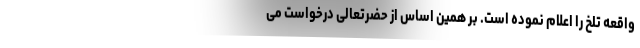
واقعه تلخ را اعلام نموده است. بر همین اساس از حضرتعالی درخواست می